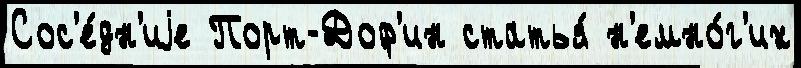
Сос'е́дн'иjе Порт-Доф'ин статья́ н'емно́г'их